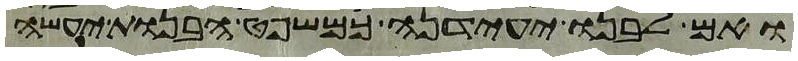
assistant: ואם לבנו יעידנה כמשפט הבנות יעשה